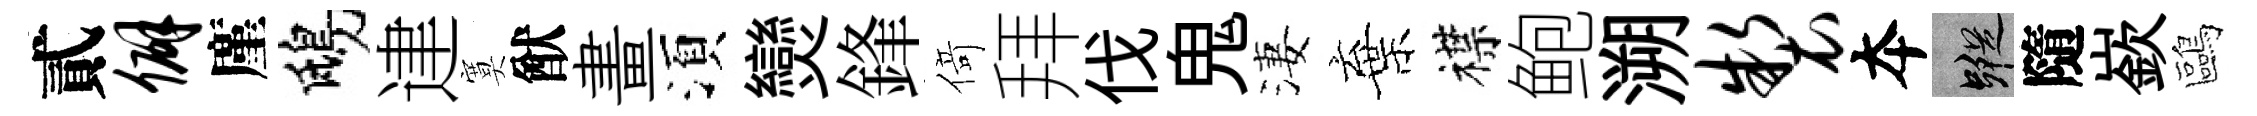
貳僻廑鴟䢖寞猷畫湏𤓖鋒𠋣拜伐鬼淒棄襟鲍溯制夲蹤隨嶔鷗